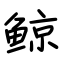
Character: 鲸